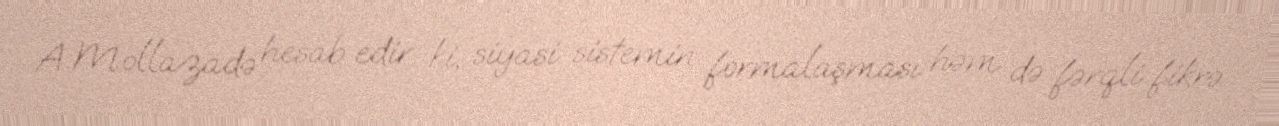
A.Mollazadə hesab edir ki, siyasi sistemin formalaşması həm də fərqli fikrə